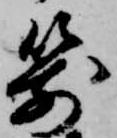
箭